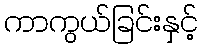
ကာကွယ်ခြင်းနှင့်